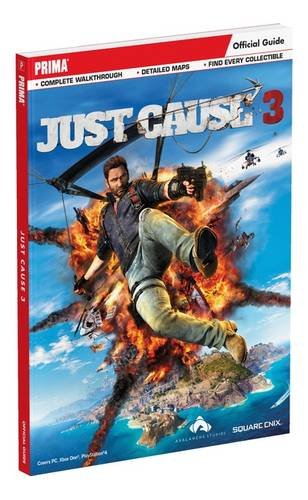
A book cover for Just Cause 3 Standard Edition Guide; Prima Games; Humor & Entertainment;